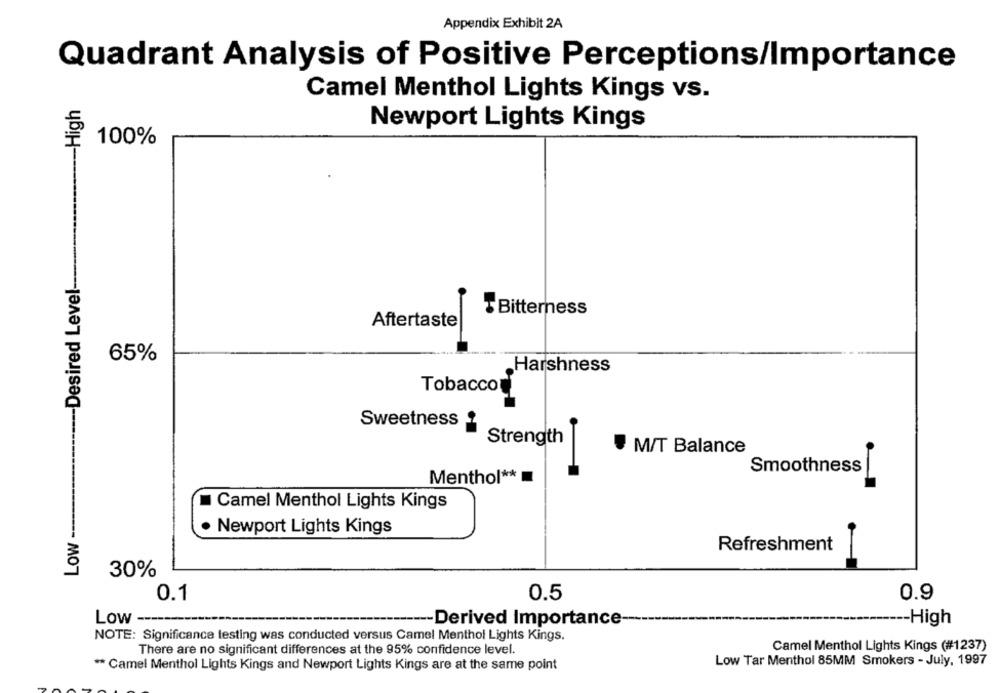
Appendix Exhibit 2A
Quadrant Analysis of Positive Perceptions/Importance
Camel Menthol Lights Kings vs.
-- High
Newport Lights Kings
100%
-Desired Level-
Bitterness
Aftertaste
65%
.Harshness
Tobacco
Sweetness
Strength
M/T Balance
Smoothness
Menthol **
Camel Menthol Lights Kings
Low -
Newport Lights Kings
Refreshment
30%
0.1
0.9
0.5
Low ---
-- Derived Importance-
---- High
NOTE: Significance testing was conducted versus Camel Menthol Lights Kings.
There are no significant differences at the 95% confidence level.
Camel Menthol Lights Kings (#1237)
Low Tar Menthol 85MM Smokers - July, 1997
** Camel Menthol Lights Kings and Newport Lights Kings are at the same point